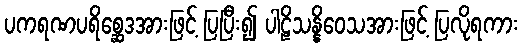
ပကရဏပရိစ္ဆေဒအားဖြင့် ပြပြီး၍ ပါဠိသန္နိဝေသအားဖြင့် ပြလိုရကား